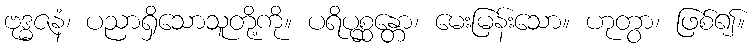
ဗုဒ္ဓဇနံ၊ ပညာရှိသောသူတို့ကို။ ပရိပုစ္ဆန္တော၊ မေးမြန်းသော။ ဟုတွာ၊ ဖြစ်၍။